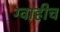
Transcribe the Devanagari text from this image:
ग्वाहीच